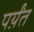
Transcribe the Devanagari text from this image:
पर्य़ंत